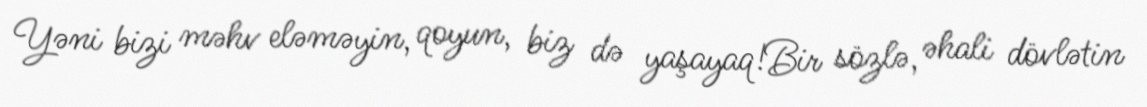
Yəni bizi məhv eləməyin, qoyun, biz də yaşayaq!Bir sözlə, əhali dövlətin